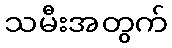
သမီးအတွက်